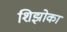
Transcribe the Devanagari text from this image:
शिझोका